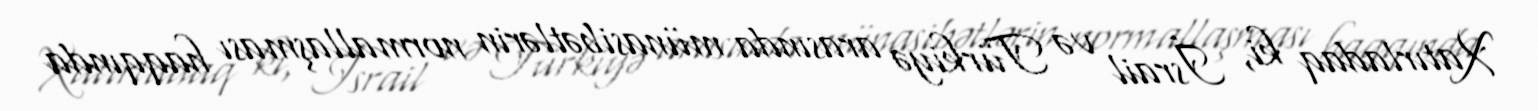
Xatırladaq ki, İsrail və Türkiyə arasında münasibətlərin normallaşması haqqında